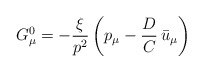
\begin{align*}G^{0}_{\mu} = -{\xi\over p^2}\left(p_{\mu} - {D\over C}\,\bar{u}_{\mu}\right)\end{align*}